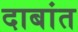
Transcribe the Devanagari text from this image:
दाबांत